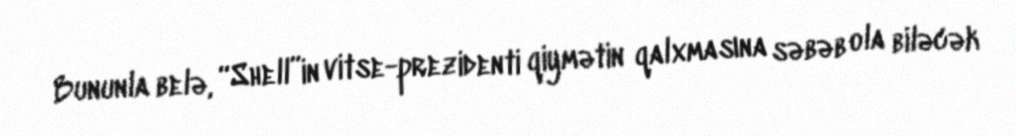
Bununla belə, “Shell”in vitse-prezidenti qiymətin qalxmasına səbəb ola biləcək